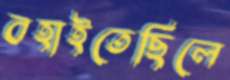
বহাইতেছিলে